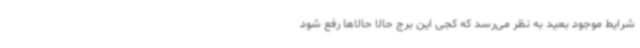
شرایط موجود بعید به نظر می‌رسد که کجی این برج حالا حالاها رفع شود